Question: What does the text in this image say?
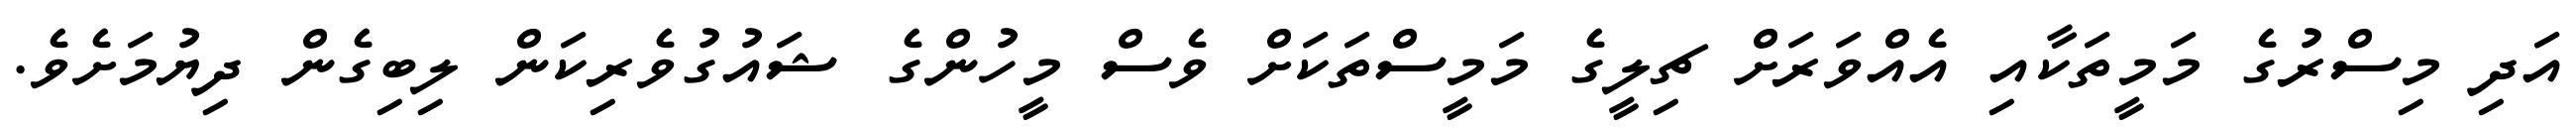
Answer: އަދި މިސްރުގެ މަމީތަކާއި އެއްވަރަށް ޗިލީގެ މަމީސްތަކަށް ވެސް މީހުންގެ ޝައުގުވެރިކަން ލިބިގެން ދިޔުމަށެވެ.